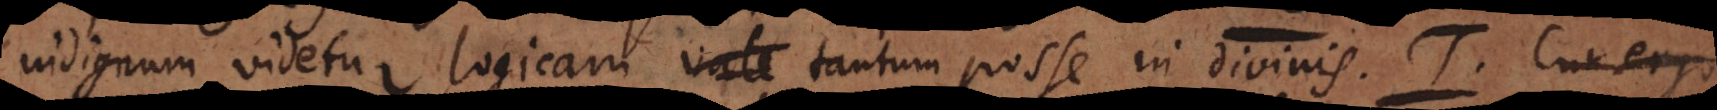
indignum videtur logicam tantum valere in divinis. T. Cu